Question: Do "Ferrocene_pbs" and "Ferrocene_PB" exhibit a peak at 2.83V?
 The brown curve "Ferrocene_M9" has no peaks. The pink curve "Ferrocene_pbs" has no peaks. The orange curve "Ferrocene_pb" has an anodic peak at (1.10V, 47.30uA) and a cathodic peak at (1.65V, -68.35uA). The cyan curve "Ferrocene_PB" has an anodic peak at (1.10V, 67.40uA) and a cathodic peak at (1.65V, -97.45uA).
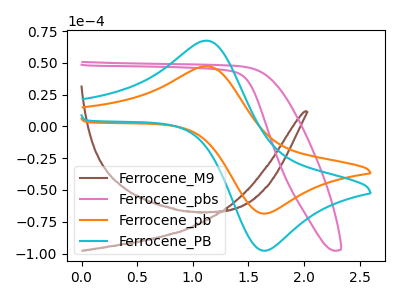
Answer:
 <answer>No, "Ferrocene_pbs" and "Ferrocene_PB" dont share a peak at 2.83V.</answer>
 <eval>mismatch</eval>